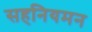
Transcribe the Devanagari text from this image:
सहनियमन